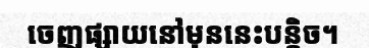
ចេញផ្សាយនៅមុននេះបន្តិច។